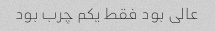
عالی بود فقط یکم چرب بود